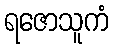
ရဇောသူကံ